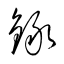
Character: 録